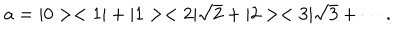
LaTeX: a = | 0 > < 1 | + | 1 > < 2 | \sqrt { 2 } + | 2 > < 3 | \sqrt { 3 } + \cdots .